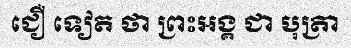
ជឿ ទៀត ថា ព្រះអង្គ ជា បុត្រា